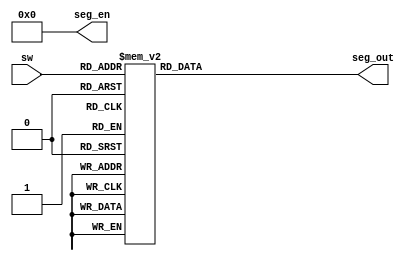
`timescale 1ns / 1ps
//////////////////////////////////////////////////////////////////////////////////
// Company: 
// Engineer: 
// 
// Design Name: 
// Module Name: testing
// Project Name: 
// Target Devices: 
// Tool Versions: 
// Description: 
// 
// Dependencies: 
// 
// Revision:
// Revision 0.01 - File Created
// Additional Comments:
// 
//////////////////////////////////////////////////////////////////////////////////


module testing(
   input[3:0]sw,
   output reg [7:0]seg_out,
   output [7:0]seg_en 
    );
    assign seg_en = ~8'hff;
    always @ * begin
       case(sw) 
          4'h0: seg_out  = 8'b01000000;
          4'h1: seg_out  = 8'b01111001;
          4'h2: seg_out  = 8'b00100100; 
          4'h3: seg_out  = 8'b00110000;
          4'h4: seg_out  = 8'b00011001;
          4'h5: seg_out  = 8'b00010010; 
          4'h6: seg_out  = 8'b00000010; 
          4'h7: seg_out  = 8'b01111000; 
          4'h8: seg_out  = 8'b00000000; 
          4'h9: seg_out  = 8'b00010000; 
          4'ha: seg_out  = 8'b00001000; 
          default:seg_out = 8'b0000000;
//          4'hb: seg_out  = 8'b01000000; 
//          4'hc: seg_out  = 8'b01000000;
//          4'hc: seg_out  = 8'b01000000; 
//          4'hc: seg_out  = 8'b01000000; 
//          4'hc: seg_out  = 8'b01000000;
       endcase
   end
endmodule